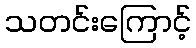
သတင်းကြောင့်